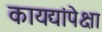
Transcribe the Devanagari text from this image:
कायद्यांपेक्षा